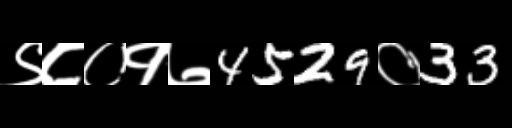
Text: ९८०१७4529०33